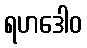
ရဟဒေါဝ